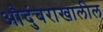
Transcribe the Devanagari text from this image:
औदुंबराखालील